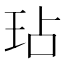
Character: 玷